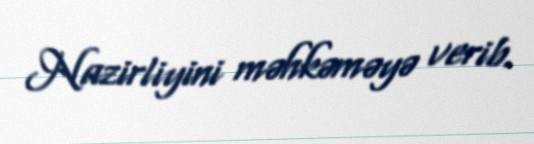
Nazirliyini məhkəməyə verib.